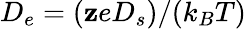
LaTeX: D_{e}=(\mathbf{z}eD_{s})/(k_{B}T)